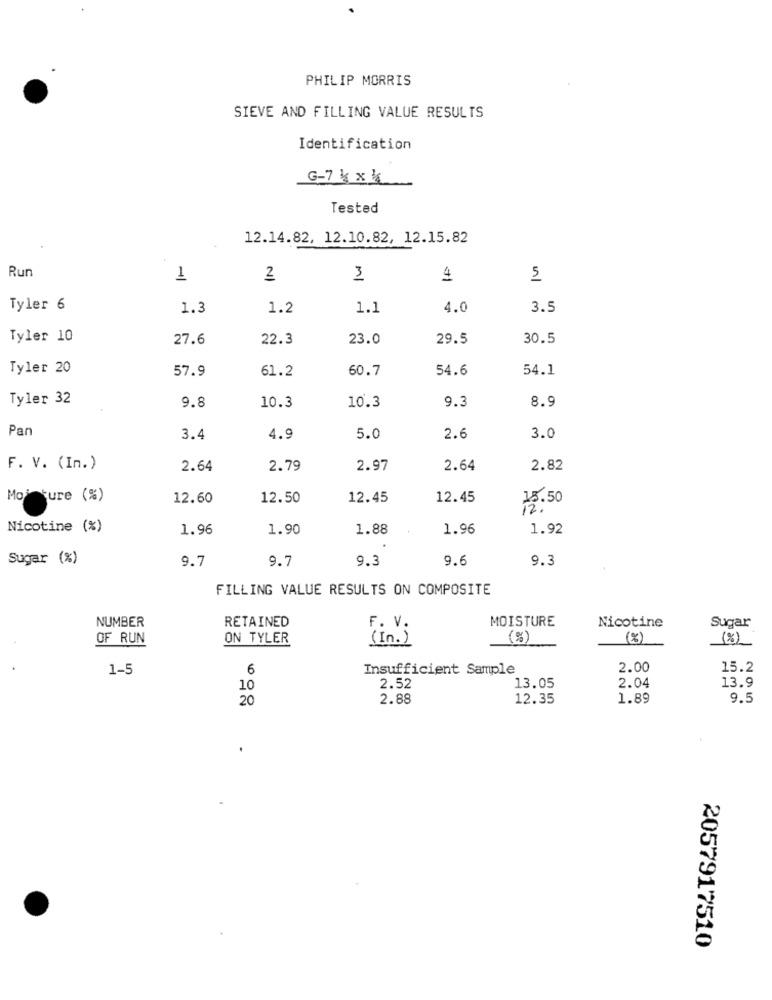
PHILIP MORRIS
SIEVE AND FILLING VALUE RESULTS
Identification
G-7 k x k
Tested
12.14.82, 12.10.82, 12.15.82
Run
1
2
3
4
5
Tyler 6
1.3
1.2
1.1
4.0
3.5
Tyler 10
27.6
22.3
23.0
29.5
30.5
Tyler 20
57.9
60.7
54.6
54.1
61.2
Tyler 32
8.9
9.8
10.3
10.3
9.3
Pan
3.4
4.9
5.0
2.6
3.0
F. V. (In.)
2.64
2.79
2.97
2.64
2.82
Moi ture (%)
12.60
12.50
12.45
12.45
18.50
Nicotine (%)
1.96
1.90
1.88
1.96
1.92
Sugar (%)
9.7
9.7
9.3
9.6
9.3
FILLING VALUE RESULTS ON COMPOSITE
NUMBER
RETAINED
MOISTURE
F. V.
Nicotine
Sugar
OF RUN
ON TYLER
( In . )
(%)
(%)
1-5
6
Insufficient Sample
2.00
15.2
13.9
10
2.52
13.05
2.04
20
2.88
12.35
1.89
9.5
.
2057917510